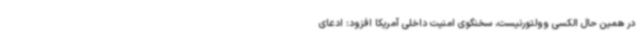
در همین حال الکسی وولتورنیست، سخنگوی امنیت داخلی آمریکا افزود: ادعای